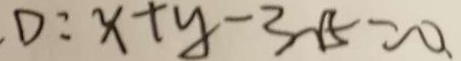
. D : x + y - 3 \sqrt { 5 } = 0 .